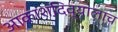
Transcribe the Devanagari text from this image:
आकाशदिव्यालाच